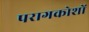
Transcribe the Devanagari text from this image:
परागकोशों